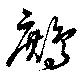
鷓